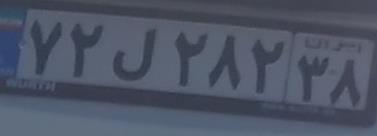
۷۲ل۲۸۲۳۸